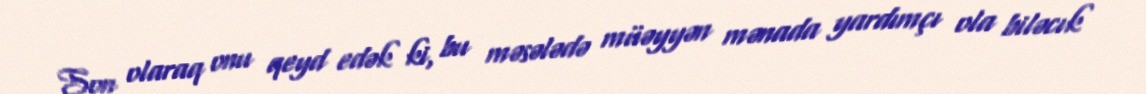
Son olaraq onu qeyd edək ki, bu məsələdə müəyyən mənada yardımçı ola biləcık